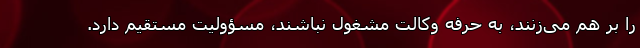
را بر هم می‌زنند، به حرفه وکالت مشغول نباشند، مسؤولیت مستقیم دارد.